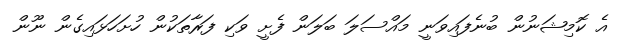
އެ ކޮމިޝަނުން ބުނެފައިވަނީ މައްސަލަ ބަލަން ފެށީ ވަކި ފަރާތަކުން ހުށަހަޅައިގެން ނޫން